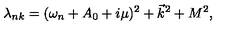
\lambda _ { n k } = ( \omega _ { n } + A _ { 0 } + i \mu ) ^ { 2 } + \vec { k } ^ { 2 } + M ^ { 2 } ,